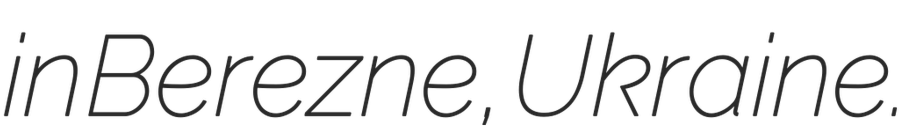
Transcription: in Berezne, Ukraine.